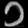
Digit: ၁